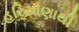
હરિયાણાથી